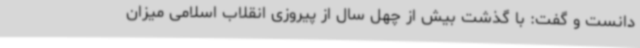
دانست و گفت: با گذشت بیش از چهل سال از پیروزی انقلاب اسلامی میزان